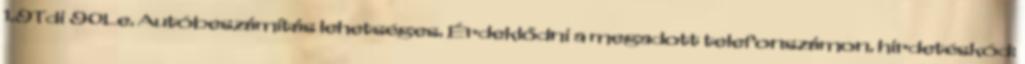
1.9Tdi 90Le. Autóbeszámítás lehetséges. Érdeklődni a megadott telefonszámon. hirdetéskód: